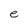
Character: e